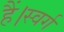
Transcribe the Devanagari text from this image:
हैं।स्वर्ग